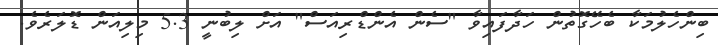
ބިންހެލުމަކާ ބެހޭގޮތުން ހަދާފައިވާ "ސެން އެންޑްރިއަސް" އަށް ލިބުނީ 5.3 މިލިއަން ޑޮލަރެވެ.